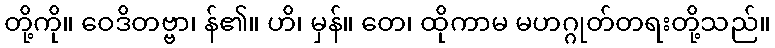
တို့ကို။ ဝေဒိတဗ္ဗာ၊ န်၏။ ဟိ၊ မှန်။ တေ၊ ထိုကာမ မဟဂ္ဂုတ်တရးတို့သည်။